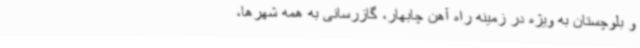
و بلوچستان به ویژه در زمینه راه آهن چابهار، گازرسانی به همه شهرها،